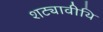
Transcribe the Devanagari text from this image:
शट्यावीथि